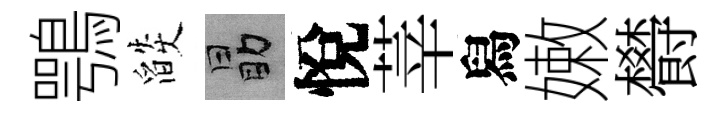
鶚燄勗悅莘舄嫩欎